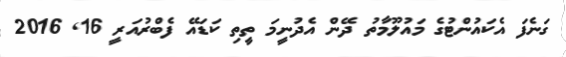
ގަނެފަ އެކައުންޓުގެ މައުލޫމާތު ދޭން އެދުނީމަ ތީތި ކަޑައޭ ފެބްރުއަރީ 16